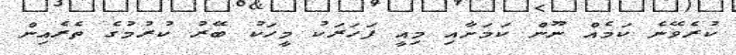
ކުރެވޭނެ ކަމެއް ނޫން ކަމަށާއި މިއީ ފަހަރަކު މީހަކު ބޭރު ކުރުމުގެ ތެރެއިން